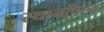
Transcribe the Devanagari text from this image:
स्थानचिह्न